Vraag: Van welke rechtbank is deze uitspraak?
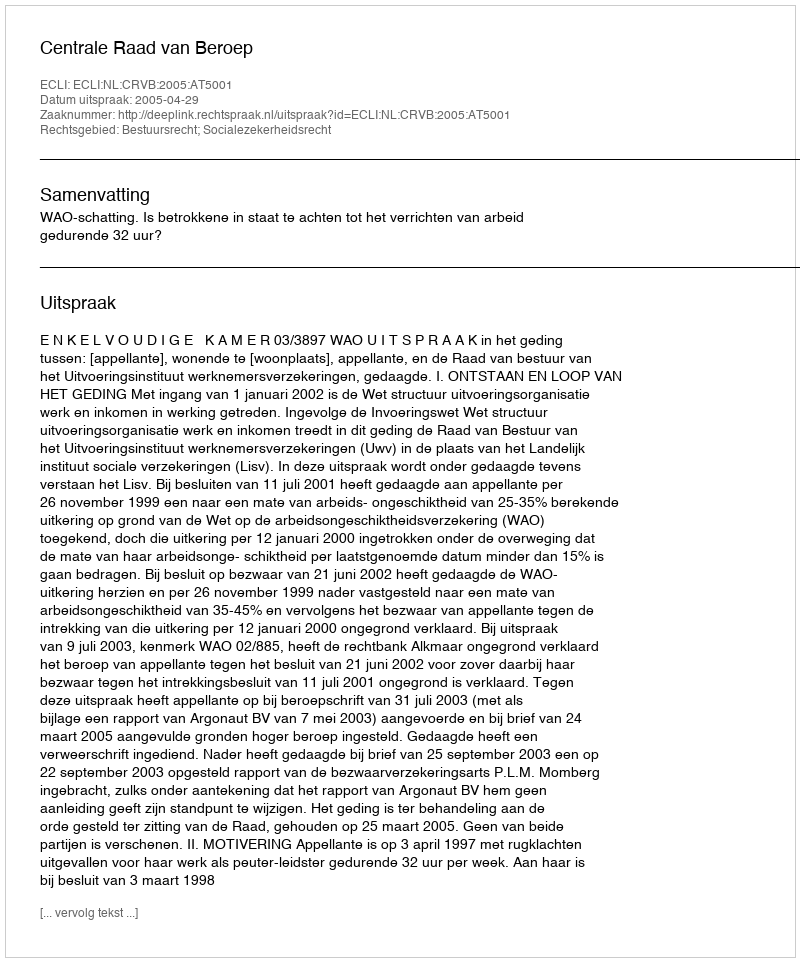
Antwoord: Centrale Raad van Beroep